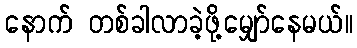
နောက် တစ်ခါလာခဲ့ဖို့မျှော်နေမယ်။